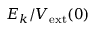
E _ { k } / V _ { \mathrm { e x t } } ( 0 )